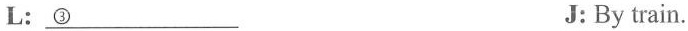
L:\underline{③} J: By train.